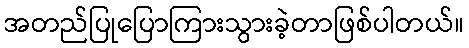
အတည်ပြုပြောကြားသွားခဲ့တာဖြစ်ပါတယ်။